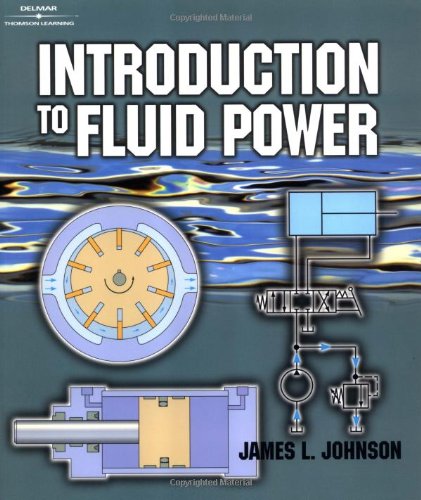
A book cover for Introduction to Fluid Power; James L Johnson; Engineering & Transportation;